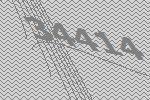
34414